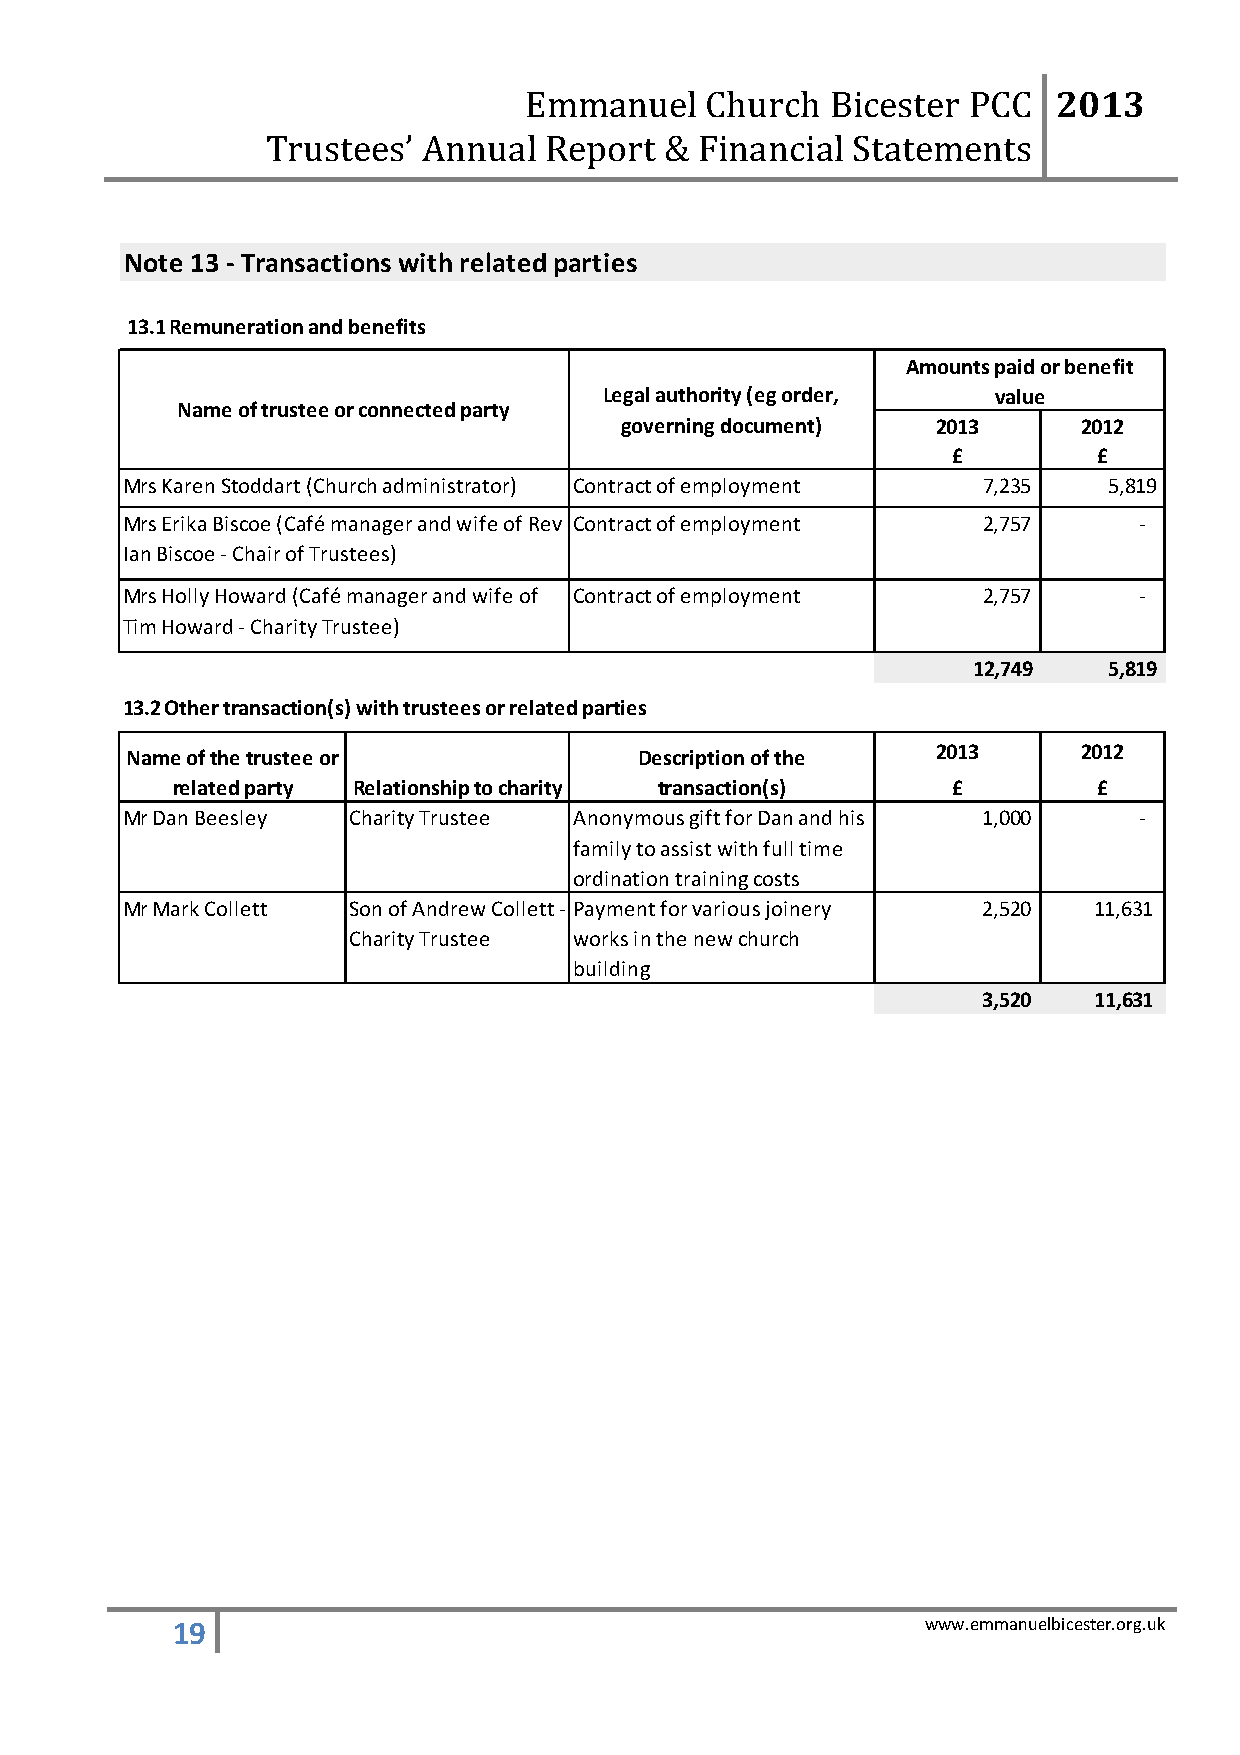
2013
 Emmanuel    Church  Bicester PCC
 Trustees’ Annual  Report  & Financial Statements
 1
 Note 13 - Transactions with related parties
 13.1 Remuneration and benefits
 Amounts paid or benefit
 Legal authority (eg order, value
 Name of trustee or connected party
 governing document)  2013      2012
 £         £
 Mrs Karen Stoddart (Church administrator) Contract of employment 7,235 5,819
 Mrs Erika Biscoe (Café manager and wife of Rev Contract of employment 2,757 -
 Ian Biscoe - Chair of Trustees)
 Mrs Holly Howard (Café manager and wife of Contract of employment 2,757 -
 Tim Howard - Charity Trustee)
 12,749   5,819
 13.2 Other transaction(s) with trustees or related parties
 Name of the trustee or            Description of the  2013      2012
 related party Relationship to charity transaction(s) £        £
 Mr Dan Beesley Charity Trustee Anonymous gift for Dan and his 1,000 -
 family to assist with full time
 ordination training costs
 Mr Mark Collett Son of Andrew Collett - Payment for various joinery 2,520 11,631
 Charity Trustee works in the new church
 building
 3,520  11,631
 19                                                www.emmanuelbicester.org.uk